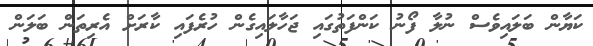
ކަޔާން ބަލައިވެސް ނުލާ ފޯނު ކަންފަތުގައި ޖަހާލައިގެން ހުރެފައި ކާރަށް އެރިތަން ބަލަން